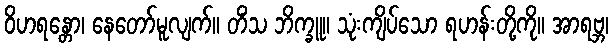
ဝိဟရန္တော၊ နေတော်မူလျက်။ တိံသ ဘိက္ခူ။ သုံးကျိပ်သော ရဟန်းတို့ကို။ အာရဗ္ဘ၊